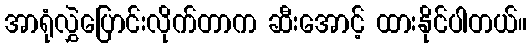
အာရုံလွှဲပြောင်းလိုက်တာက ဆီးအောင့် ထားနိုင်ပါတယ်။